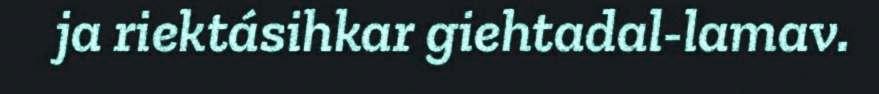
ja riektásihkar giehtadal-lamav.